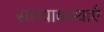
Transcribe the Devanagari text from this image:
साम्यावस्थाएँ